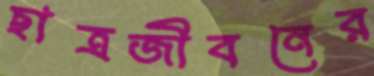
ছাত্রজীবনের